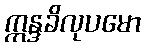
ဣန္ဒခိလုပမော